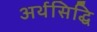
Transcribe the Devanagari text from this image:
अर्थसिद्धि